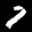
Label: 7